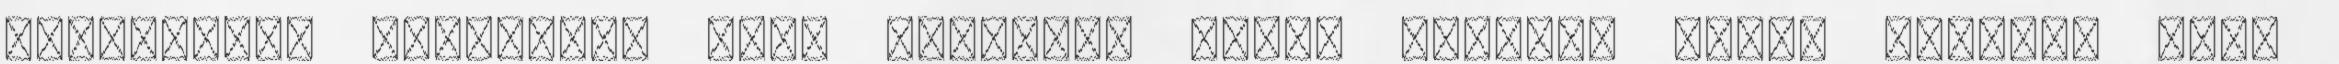
Miriszánkh királyné, Thot papnője; egyik rokona, Minán herczeg Thot